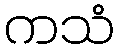
ကသံ